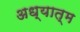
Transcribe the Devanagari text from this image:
अध्यात्‍म